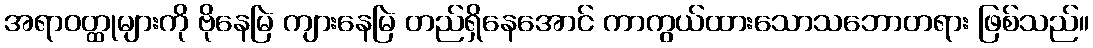
အရာဝတ္ထုများကို ဗိုနေမြဲ ကျားနေမြဲ တည်ရှိနေအောင် ကာကွယ်ထားသောသဘောတရား ဖြစ်သည်။